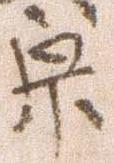
宗